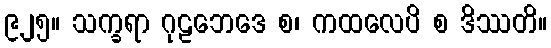
၉၂၅။ သက္ခရာ ဂုဠဘေဒေ စ၊ ကထလေပိ စ ဒိဿတိ။